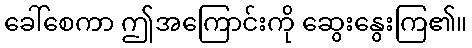
ခေါ်စေကာ ဤအကြောင်းကို ဆွေးနွေးကြ၏။